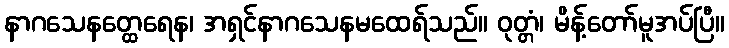
နာဂသေနတ္ထေရေန၊ အရှင်နာဂသေနမထေရ်သည်။ ဝုတ္တံ၊ မိန့်တော်မူအပ်ပြီ။